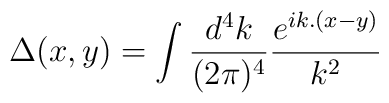
\Delta(x,y) = \int\frac{d^4k}{(2\pi)^4}\frac{e^{ik.(x-y)}}{k^2}